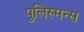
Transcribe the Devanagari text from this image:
पुलिस्मन्स